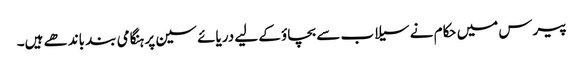
پیرس میں حکام نے سیلاب سے بچاؤ کے لیے دریائے سین پر ہنگامی بند باندھے ہیں۔